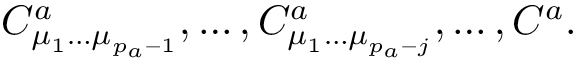
C _ { \mu _ { 1 } \ldots \mu _ { p _ { a } - 1 } } ^ { a } , \ldots , C _ { \mu _ { 1 } \ldots \mu _ { p _ { a } - j } } ^ { a } , \ldots , C ^ { a } .